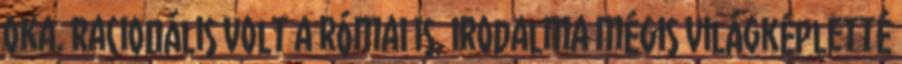
oka. Racionális volt a római is, irodalma mégis világképletté